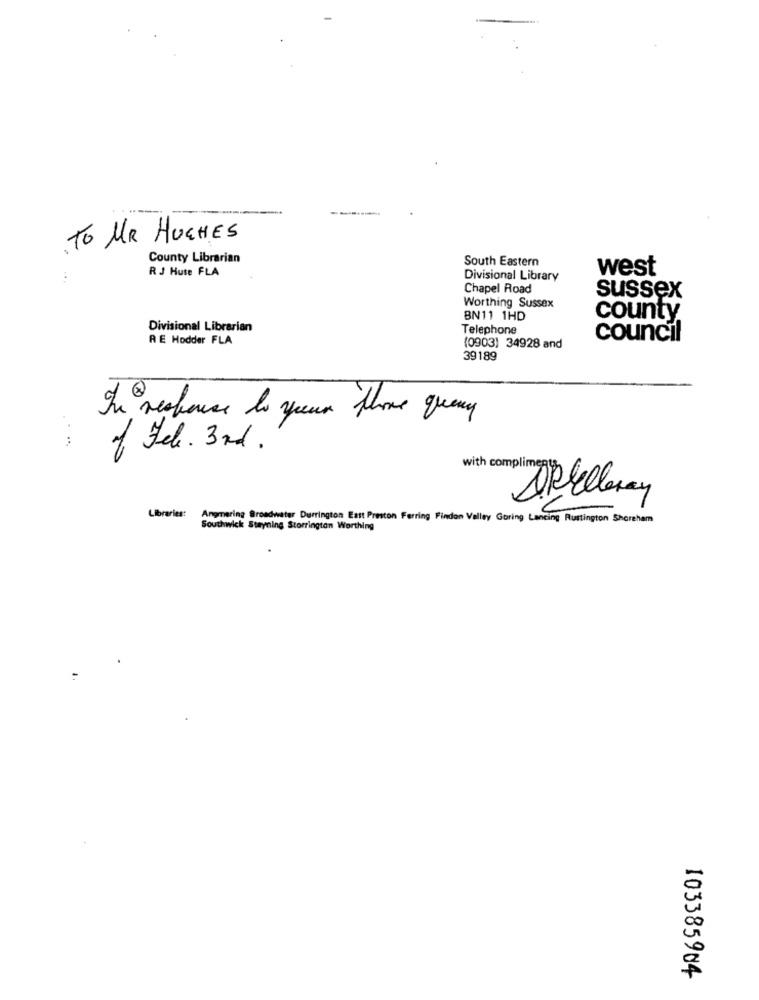
-
TO MR HUGHES
County Librarian
South Eastern
RJ Huse FLA
west
Divisional Library
Chapel Road
sussex
Worthing Sussex
BN11 1HD
county
Divisional Librarian
Telephone
RE Hodder FLA
council
(0903) 34928 and
39189
In response to sen those query
of Fel. 3rd.
with complime
Allelleray
Libraries:
Angmering Broadwater Durrington Eatt Preston Ferring Findon Valley Goring Lancing Rustington Shoreham
Southwick stayning Storrington Worthing
103385984